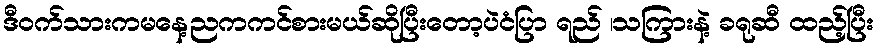
ဒီဝက်သားကမနေ့ညကကင်စားမယ်ဆိုပြီးတော့ပဲငံပြာ ရည် ၊သကြားနဲ့ ခရုဆီ ထည့်ပြီး